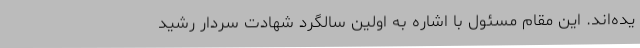
یده‌اند. این مقام مسئول با اشاره به اولین سالگرد شهادت سردار رشید